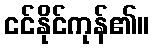
ငင်နိုင်ကုန်၏။